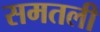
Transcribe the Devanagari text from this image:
समतली